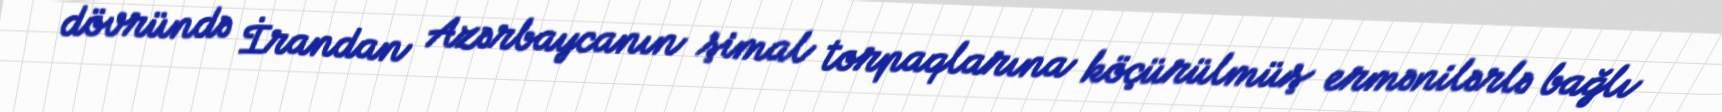
dövründə İrandan Azərbaycanın şimal torpaqlarına köçürülmüş ermənilərlə bağlı